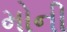
મોની